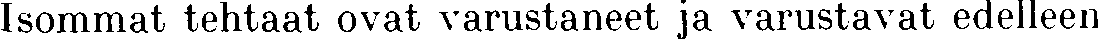
Isommat tehtaat ovat varustaneet ja varustavat edelleen